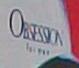
obsession